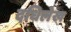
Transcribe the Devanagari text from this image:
दधिलेख